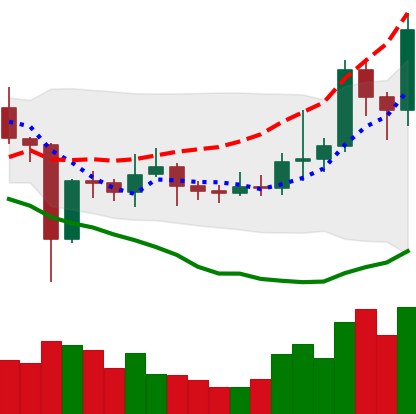
Ticker: EOS-USD
Chart end date: 2021-01-09
Forward return: -22.843%
Label: down_7plus